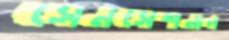
সেনসেশনাল